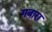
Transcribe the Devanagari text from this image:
गबारा